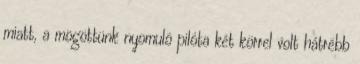
miatt, a mögöttünk nyomuló pilóta két körrel volt hátrébb